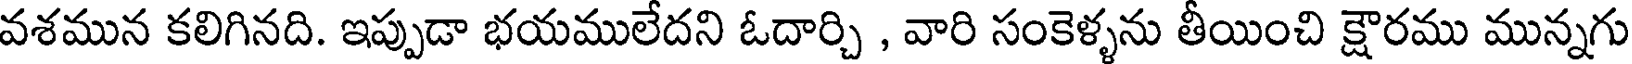
వశమున కలిగినది. ఇప్పుడా భయములేదని ఓదార్చి , వారి సంకెళ్ళను తీయించి క్షౌరము మున్నగు